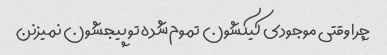
چرا وقتی موجودی کیکشون تموم شده تو پیجشون نمیزنن